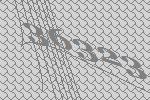
36323